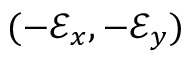
( - \mathcal { E } _ { x } , - \mathcal { E } _ { y } )